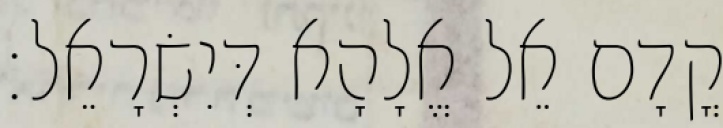
קֳדָם אֵל אֱלָהָא דְּיִשְׂרָאֵל׃